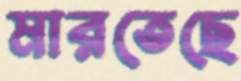
মারতেছে